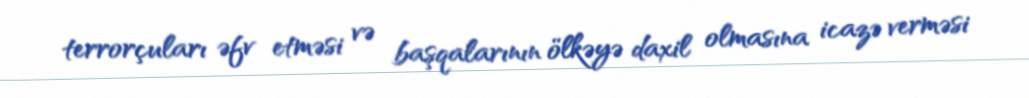
terrorçuları əfv etməsi və başqalarının ölkəyə daxil olmasına icazə verməsi